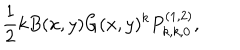
\frac { 1 } { 2 } k B ( x , y ) G ( x , y ) ^ { k } P _ { k , k , 0 } ^ { ( 1 , 2 ) } ,